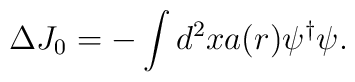
\Delta J_0 = -\int d^2x a(r) \psi^\dagger\psi .